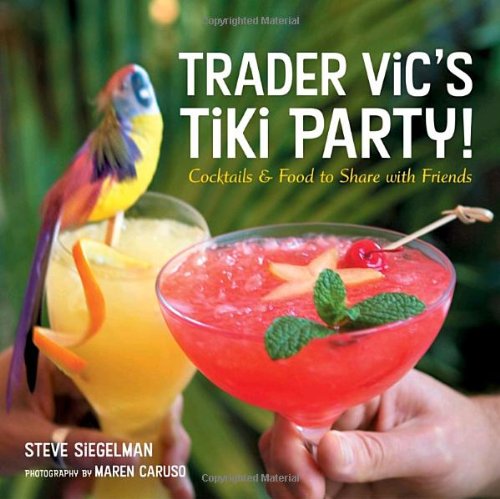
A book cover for Trader Vic's Tiki Party!: Cocktails and Food to Share with Friends; Stephen Siegelman; Cookbooks, Food & Wine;